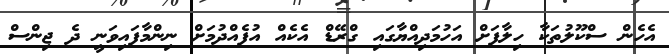
އެހެން ސްކޫލުތަކާ ހިލާފަށް އަހުމަދިއްޔާގައި ގްރޭޑް އެކެއް އުފެއްދުމަށް ނިންމާފައިވަނީ ދެ ޖިންސް